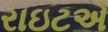
રાઇટએ